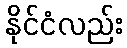
နိုင်ငံလည်း